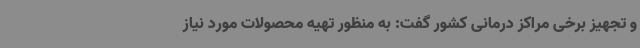
و تجهیز برخی مراکز درمانی کشور گفت: به منظور تهیه محصولات مورد نیاز